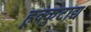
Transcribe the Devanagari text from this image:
हूक्कुटाद्य